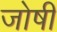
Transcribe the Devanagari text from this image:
जोषी